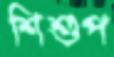
শিশুপ